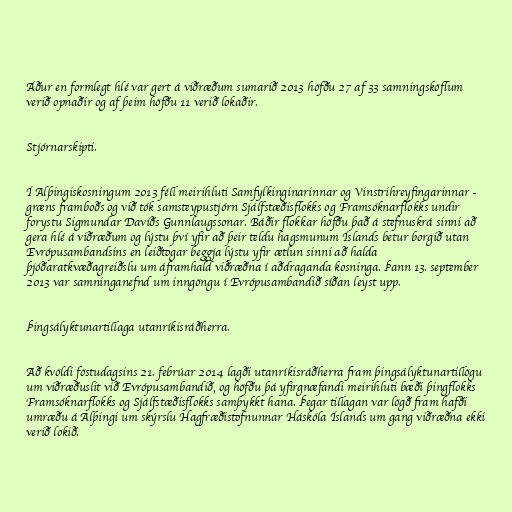
Áður en formlegt hlé var gert á viðræðum sumarið 2013 höfðu 27 af 33 samningsköflum
verið opnaðir og af þeim höfðu 11 verið lokaðir.

Stjórnarskipti.

Í Alþingiskosningum 2013 féll meirihluti Samfylkinginarinnar og Vinstrihreyfingarinnar -
græns framboðs og við tók samsteypustjórn Sjálfstæðisflokks og Framsóknarflokks undir
forystu Sigmundar Davíðs Gunnlaugssonar. Báðir flokkar höfðu það á stefnuskrá sinni að
gera hlé á viðræðum og lýstu því yfir að þeir teldu hagsmunum Íslands betur borgið utan
Evrópusambandsins en leiðtogar beggja lýstu yfir ætlun sinni að halda
þjóðaratkvæðagreiðslu um áframhald viðræðna í aðdraganda kosninga. Þann 13. september
2013 var samninganefnd um inngöngu í Evrópusambandið síðan leyst upp.

Þingsályktunartillaga utanríkisráðherra.

Að kvöldi föstudagsins 21. febrúar 2014 lagði utanríkisráðherra fram þingsályktunartillögu
um viðræðuslit við Evrópusambandið, og höfðu þá yfirgnæfandi meirihluti bæði þingflokks
Framsóknarflokks og Sjálfstæðisflokks samþykkt hana. Þegar tillagan var lögð fram hafði
umræðu á Alþingi um skýrslu Hagfræðistofnunnar Háskóla Íslands um gang viðræðna ekki
verið lokið.